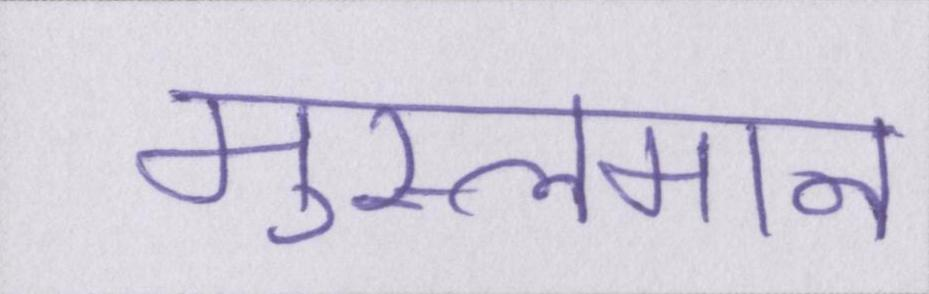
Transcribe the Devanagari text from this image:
मुस्लमान